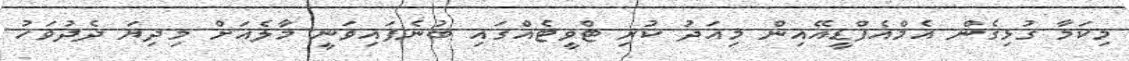
މިކަމާ ގުޅިގެން އެމްއެފްޑީއޭއިން މިއަދު ކުރި ޓްވީޓެއްގައި ބުނެފައިވަނީ މާލެއަށް މިދިޔަ ދެދުވަހު